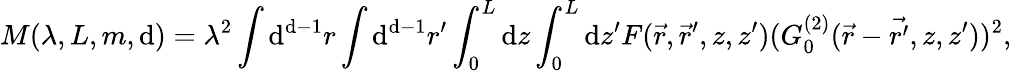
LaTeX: M(\lambda,L,m,\mathrm{d})=\lambda^{2}\int\mathrm{d}^{\mathrm{d}-1}r\int\mathrm{d}^{\mathrm{d}-1}r^{\prime}\int_{0}^{L}\mathrm{d}z\int_{0}^{L}\mathrm{d}z^{\prime}F(\vec{{r}},\vec{{r}}^{\prime},z,z^{\prime})(G_{0}^{(2)}(\vec{{r}}-\vec{{{r}^{\prime}}},z,z^{\prime}))^{2},